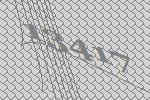
13417